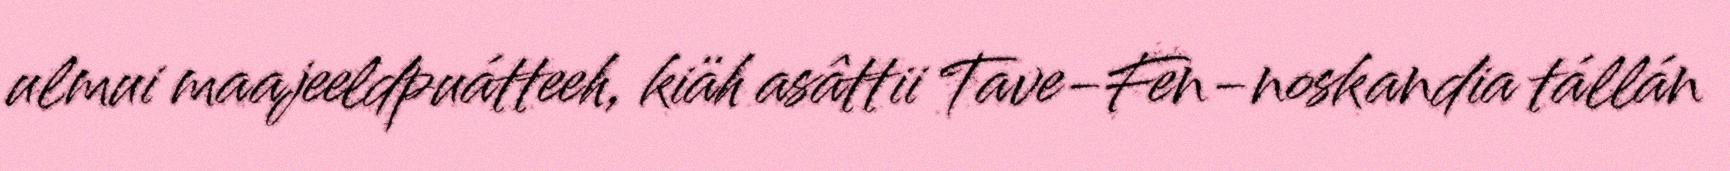
ulmui maajeeldpuátteeh, kiäh asâttii Tave-Fen-noskandia tállán